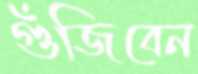
গুঁজিবেন